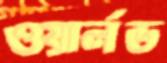
ওয়ার্লড